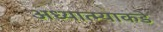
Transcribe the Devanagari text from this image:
अध्यात्म्याकडे